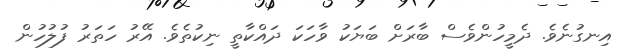
އިނގުނެވެ. ދެމީހުންވެސް ބާރަށް ބަޔަކު ވާހަކަ ދައްކާތީ ނިކުތެވެ. އޭރު ހަތަރު ފުލުހުން